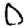
Digit: 0